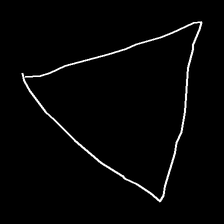
Glyph: convergence